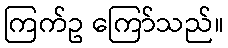
ကြက်ဥ ကြော်သည်။